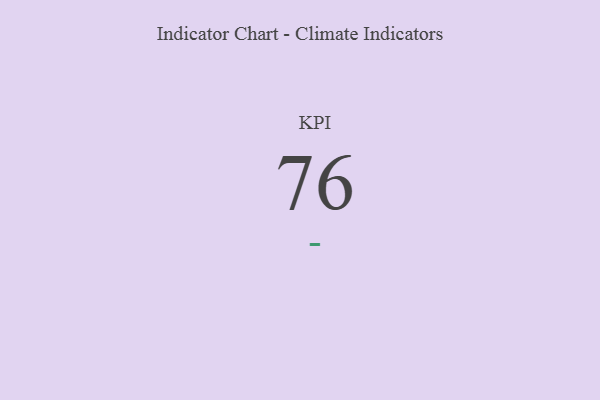
{"axis": {"x": "KPI", "y": "Value"}, "legend": [""], "data": [{"x": "KPI", "y": 76, "type": ""}]}